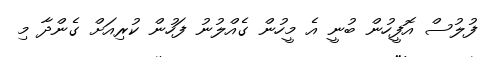
ފުލުސް އޮފީހުން ބުނީ އެ މީހުން ގެއްލުނު ފަހުން ކުރިއަށް ގެންދާ މި